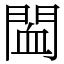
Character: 䦗